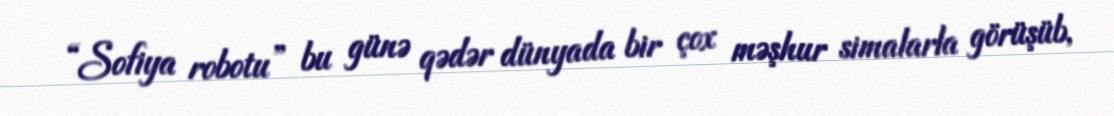
“Sofiya robotu” bu günə qədər dünyada bir çox məşhur simalarla görüşüb,